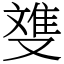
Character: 﨎